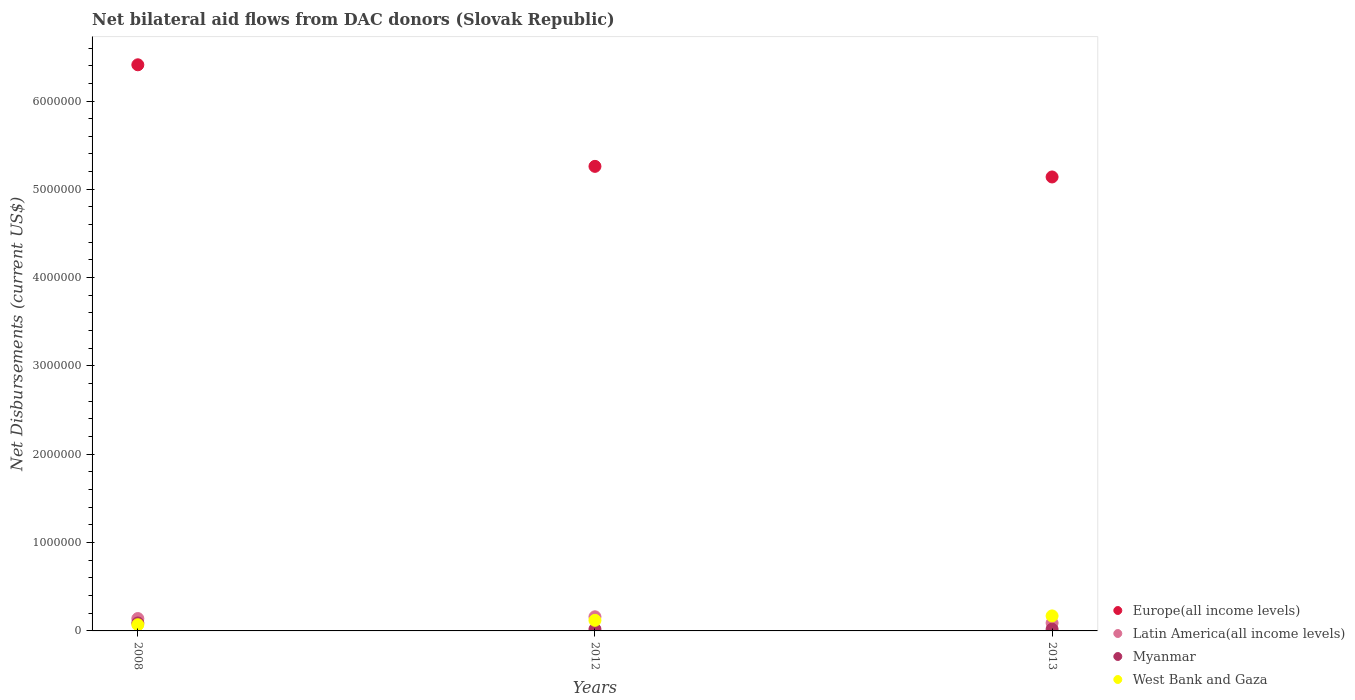
| Years | Europe(all income levels) | Latin America(all income levels) | Myanmar | West Bank and Gaza |
 | --- | --- | --- | --- | --- |
 | 2008 | 6.41e+06 | 1.4e+05 | 9e+04 | 7e+04 |
 | 2012 | 5.26e+06 | 1.6e+05 | 2e+04 | 1.2e+05 |
 | 2013 | 5.14e+06 | 9e+04 | 2e+04 | 1.7e+05 |